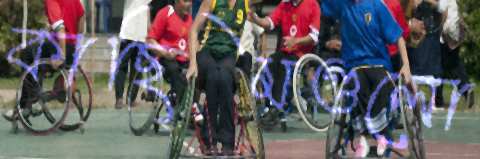
কাছিমগুলো